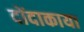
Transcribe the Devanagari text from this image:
दोंदाकाया